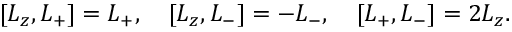
[ L _ { z } , L _ { + } ] = L _ { + } , \quad [ L _ { z } , L _ { - } ] = - L _ { - } , \quad [ L _ { + } , L _ { - } ] = 2 L _ { z } .